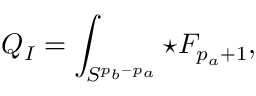
Q _ { I } = \int _ { S ^ { p _ { b } - p _ { a } } } \star { \cal F } _ { p _ { a } + 1 } ,